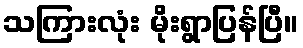
သကြားလုံး မိုးရွာပြန်ပြီ။